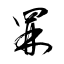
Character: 罧